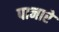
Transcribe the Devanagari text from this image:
पानारे